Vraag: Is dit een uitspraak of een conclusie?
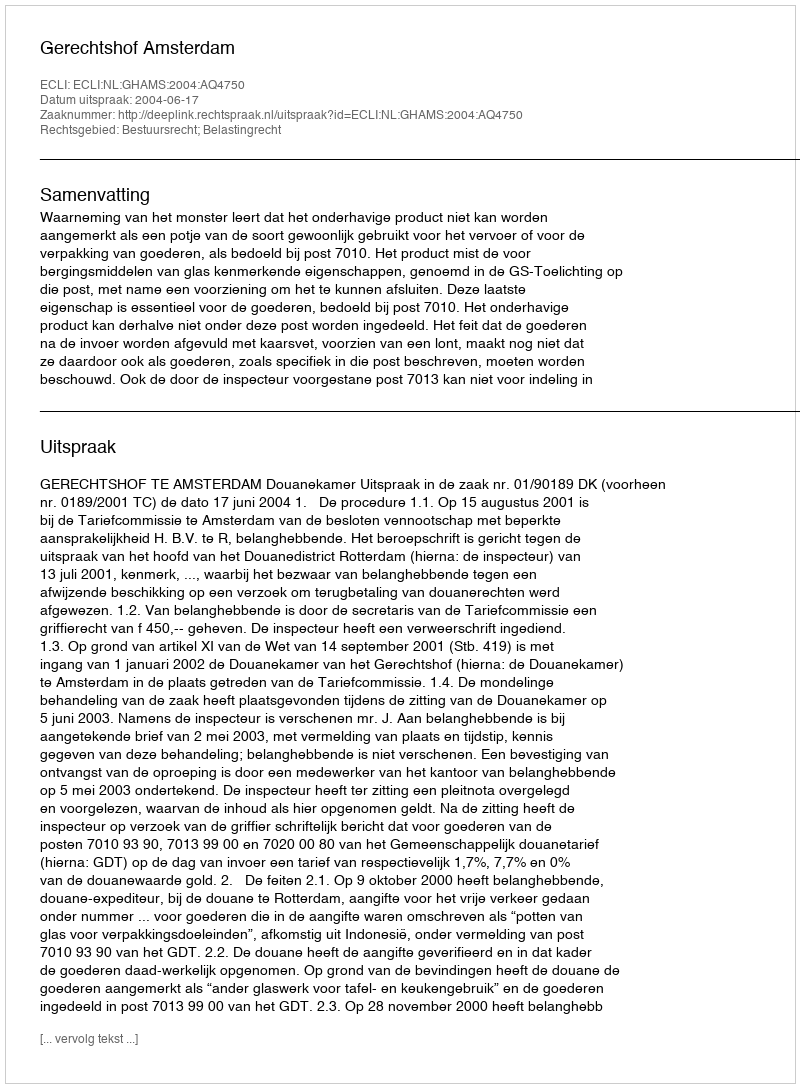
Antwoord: Uitspraak